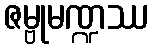
ဇမ္ဗုမဏ္ဍဿ